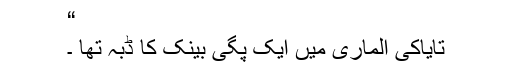
“
تایاکی الماری میں ایک پِگی بینک کا ڈبہ تھا ۔